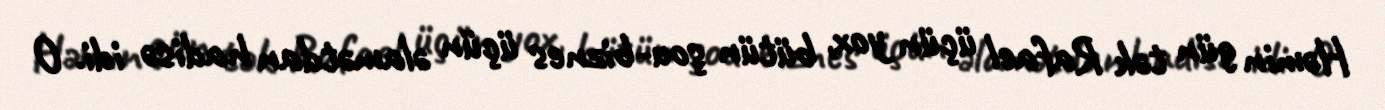
Həmin gün tək Rafael üçün yox, bütün şou-biznes üçün əlamətdan hadisə idi. O